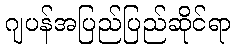
ဂျပန်အပြည်ပြည်ဆိုင်ရာ